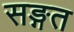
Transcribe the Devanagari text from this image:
सङ्गत